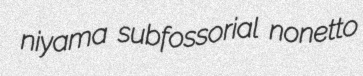
niyama subfossorial nonetto